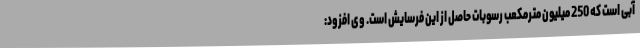
آبی است که 250 میلیون مترمکعب رسوبات حاصل از این فرسایش است. وی افزود: